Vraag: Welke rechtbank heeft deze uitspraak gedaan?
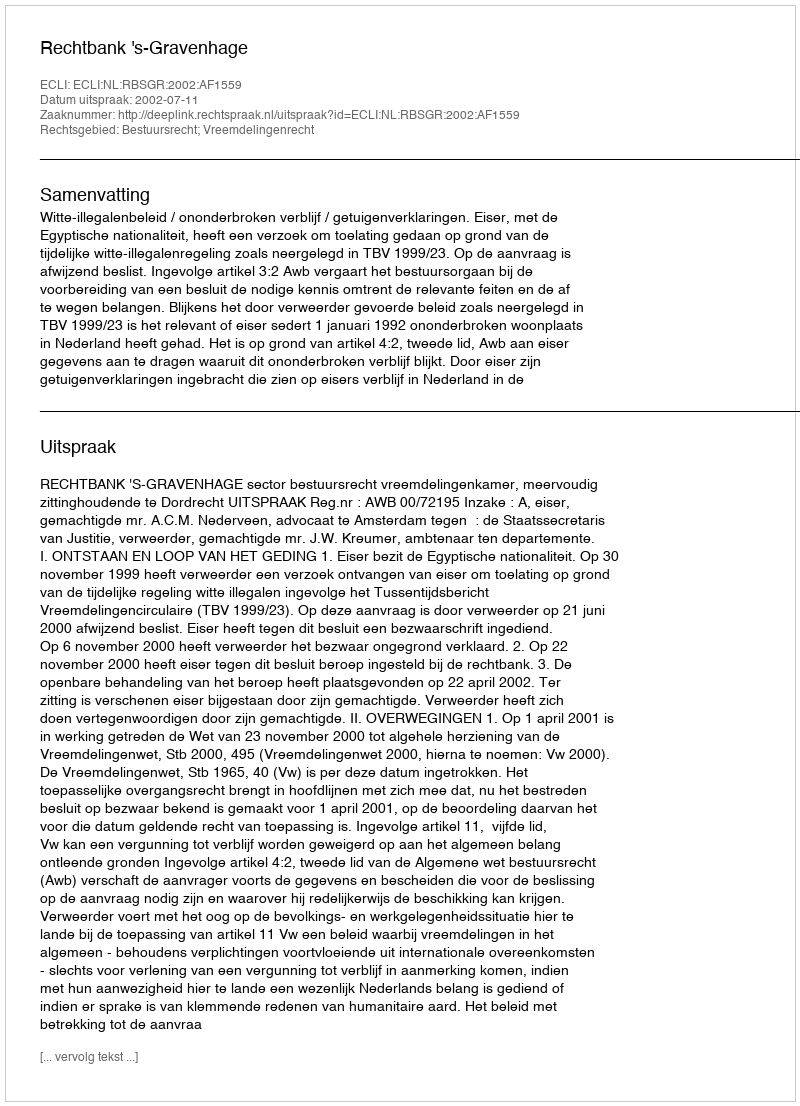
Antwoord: Rechtbank 's-Gravenhage